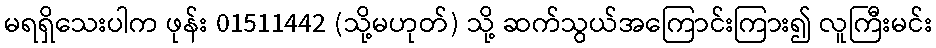
မရရှိသေးပါက ဖုန်း 01511442 (သို့မဟုတ်) သို့ ဆက်သွယ်အကြောင်းကြား၍ လူကြီးမင်း